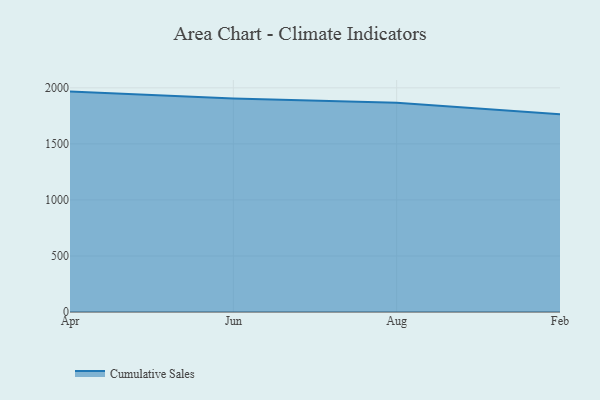
{"axis": {"x": "Month", "y": "Tickets Resolved"}, "legend": ["Cumulative Sales"], "data": [{"x": "Apr", "y": 1966.6, "type": "Cumulative Sales"}, {"x": "Jun", "y": 1904.9, "type": "Cumulative Sales"}, {"x": "Aug", "y": 1867.7, "type": "Cumulative Sales"}, {"x": "Feb", "y": 1764.4, "type": "Cumulative Sales"}]}